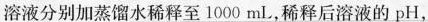
溶液分别加蒸馏水稀释至1000ml,稀释后溶液的pH,